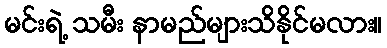
မင်းရဲ့ သမီး နာမည်များသိနိုင်မလား။